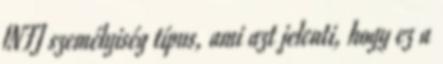
INFJ személyiség típus, ami azt jelenti, hogy ez a